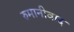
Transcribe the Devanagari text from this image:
रुमानीवाद